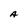
Character: A